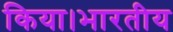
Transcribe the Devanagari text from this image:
किया।भारतीय